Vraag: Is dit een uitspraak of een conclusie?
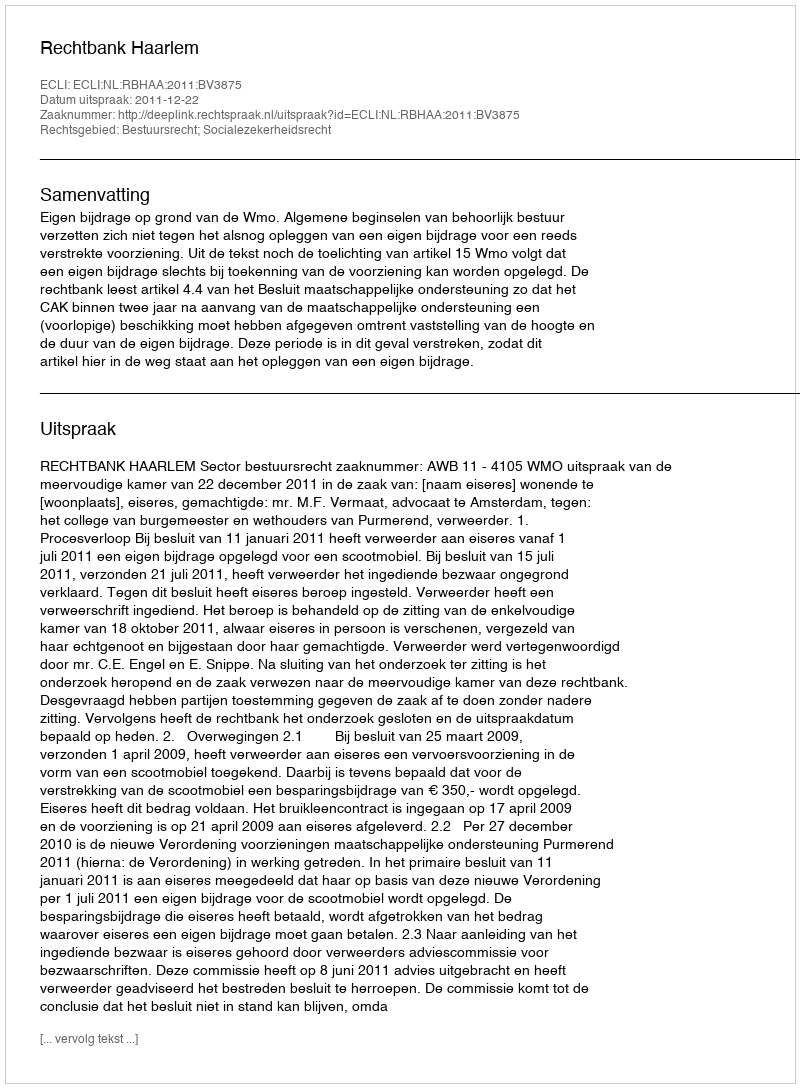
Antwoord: Uitspraak